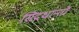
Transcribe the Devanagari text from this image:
सिदधान्‍तों